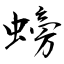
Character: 螃